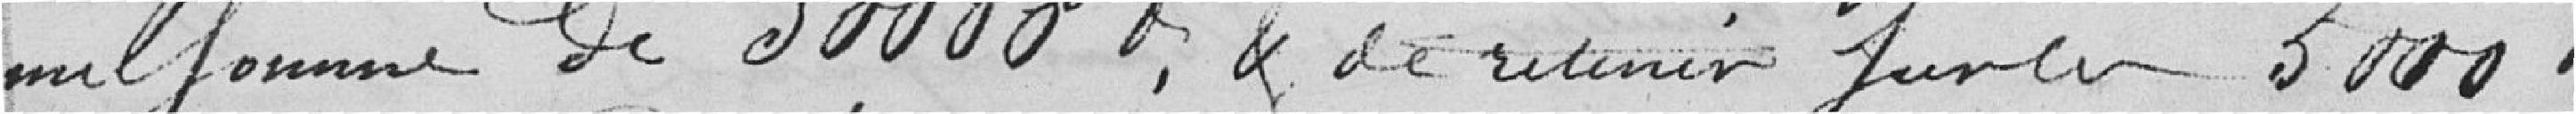
une somme de 30000 francs, & de retenir sur les 5000 francs